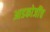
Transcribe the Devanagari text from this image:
आडकोजींच